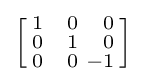
\left[{\begin{smallmatrix}1&{\phantom {+}}0&{\phantom {+}}0\\0&{\phantom {+}}1&{\phantom {+}}0\\0&{\phantom {+}}0&-1\\\end{smallmatrix}}\right]